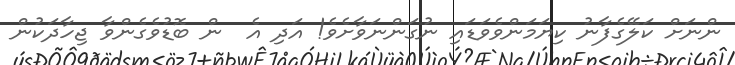
ންނަށް ކަލޭގެފާނު ކިޔަމަންވެވަޑައި ނުގަންނަވާށެވެ! އަދި އެ  ން ބޮޑުވެގެންވާ ޖިހާދަކުން